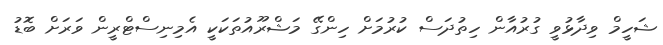
ޝަހީމް ވިދާޅުވީ ގުރުއާން ހިތުދަސް ކުރުމަށް ހިންގޭ މަޝްރޫއުތަކަކީ އެމިނިސްޓްރީން ވަރަށް ބޮޑު